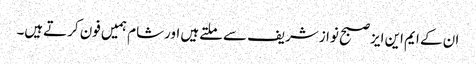
ان کے ایم این ایزصبح نوازشریف سےملتےہیں اورشام ہمیں فون کرتےہیں۔